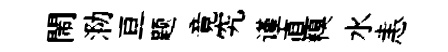
閙泐亘题竟究谨直糗水恚